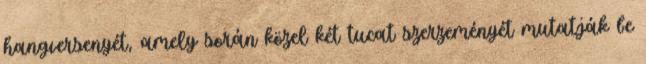
hangversenyét, amely során közel két tucat szerzeményét mutatják be